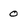
Character: o